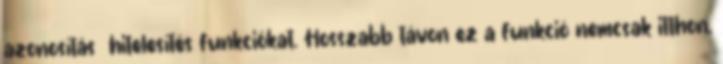
azonosítás hitelesítés funkciókat. Hosszabb távon ez a funkció nemcsak itthon,